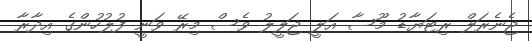
ޖެނެރަލް ރިޓަޔާޑު މޫސާ އަލީ ޖަލީލު ވެސް މިރޭ ވަނީ ފުލުހުންގެ އިދާރާ